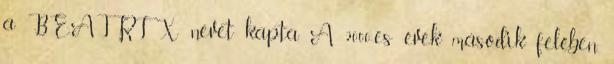
a BEATRIX nevet kapta. A 2000-es évek második felében